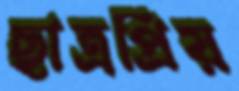
ছাত্রপ্রিয়